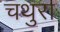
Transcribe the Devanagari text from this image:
चथुरा